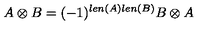
A \otimes B = ( - 1 ) ^ { l e n ( A ) l e n ( B ) } B \otimes A